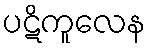
ပဋိကူလေန